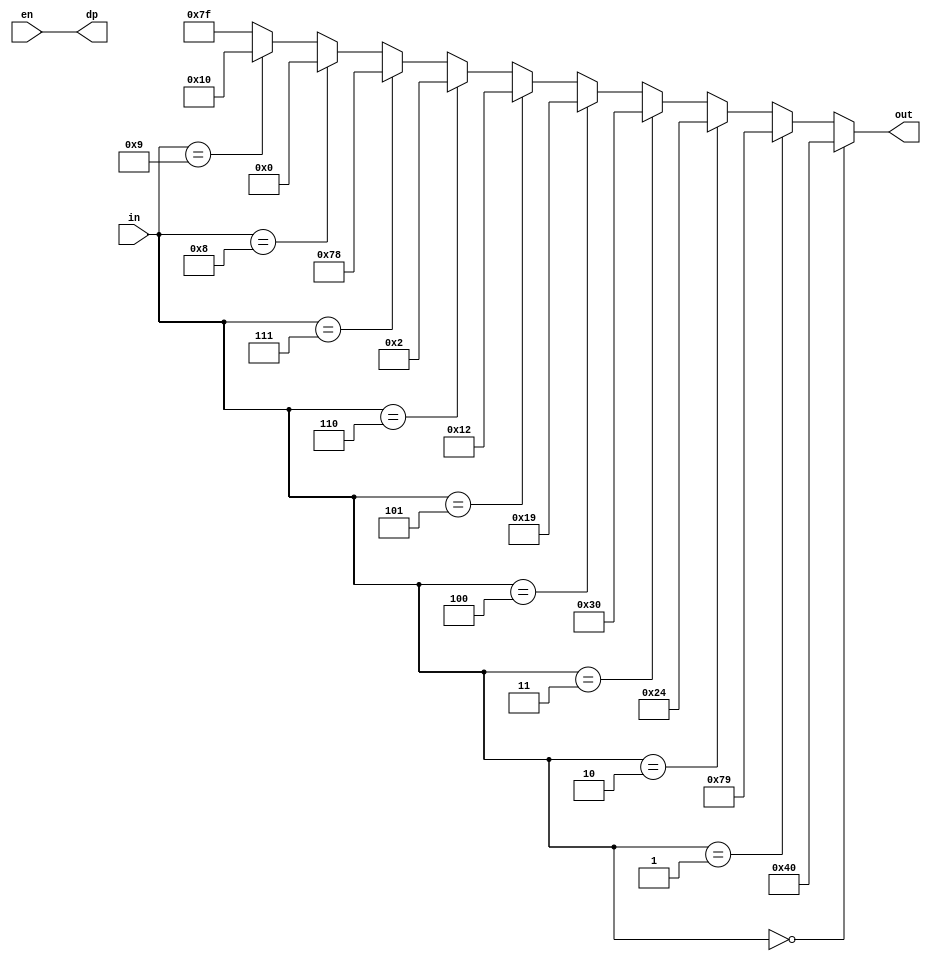
`timescale 1ns / 1ps
//////////////////////////////////////////////////////////////////////////////////
// Company: 
// Engineer: 
// 
// Design Name: 
// Module Name:    task1 
// Project Name: 
// Target Devices: 
// Tool versions: 
// Description: 
//
// Dependencies: 
//
// Revision: 
// Revision 0.01 - File Created
// Additional Comments: 
//
//////////////////////////////////////////////////////////////////////////////////
module seven_segment(
    output dp,
	 input en,
    input [3:0] in,
    output [6:0] out
    );
	 
assign dp=en;        
assign out=(in==0)?7'b1000000:
			  (in==1)?7'b1111001:
			  (in==2)?7'b0100100:
			  (in==3)?7'b0110000:
			  (in==4)?7'b0011001:
			  (in==5)?7'b0010010:
			  (in==6)?7'b0000010:
			  (in==7)?7'b1111000:
			  (in==8)?7'b0000000:
			  (in==9)?7'b0010000:7'b1111111;
endmodule